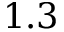
1 . 3